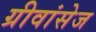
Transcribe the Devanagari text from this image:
ग्रीवांसेज